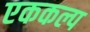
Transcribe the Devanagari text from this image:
एककल्प